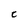
Character: C